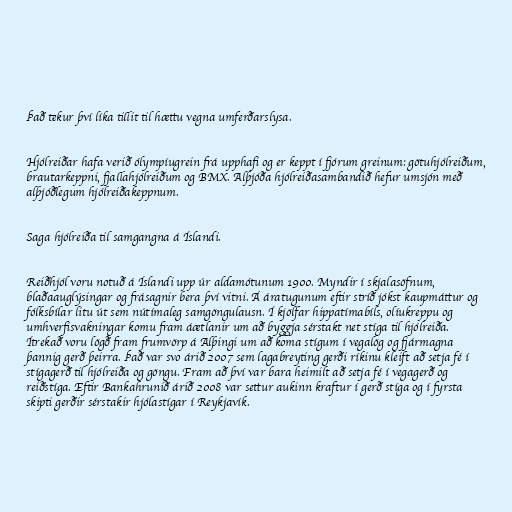
Það tekur því líka tillit til hættu vegna umferðarslysa.

Hjólreiðar hafa verið ólympíugrein frá upphafi og er keppt í fjórum greinum: götuhjólreiðum,
brautarkeppni, fjallahjólreiðum og BMX. Alþjóða hjólreiðasambandið hefur umsjón með
alþjóðlegum hjólreiðakeppnum.

Saga hjólreiða til samgangna á Íslandi.

Reiðhjól voru notuð á Íslandi upp úr aldamótunum 1900. Myndir í skjalasöfnum,
blaðaauglýsingar og frásagnir bera því vitni. Á áratugunum eftir stríð jókst kaupmáttur og
fólksbílar litu út sem nútímaleg samgöngulausn. Í kjölfar hippatímabíls, olíukreppu og
umhverfisvakningar komu fram áætlanir um að byggja sérstakt net stíga til hjólreiða.
Ítrekað voru lögð fram frumvörp á Alþingi um að koma stígum í vegalög og fjármagna
þannig gerð þeirra. Það var svo árið 2007 sem lagabreyting gerði ríkinu kleift að setja fé í
stígagerð til hjólreiða og göngu. Fram að því var bara heimilt að setja fé í vegagerð og
reiðstíga. Eftir Bankahrunið árið 2008 var settur aukinn kraftur í gerð stíga og í fyrsta
skipti gerðir sérstakir hjólastígar í Reykjavík.